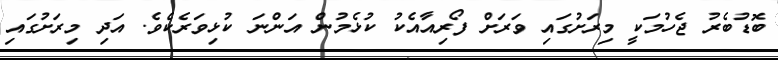
ބޮޑުބެރު ޖެހުމަކީ މިރަށުގައި ވަރަށް ފޯރިއާއެކު ކުޅެމުން އަންނަ ކުޅިވަރެކެވެ. އަދި މިރަށުގައި